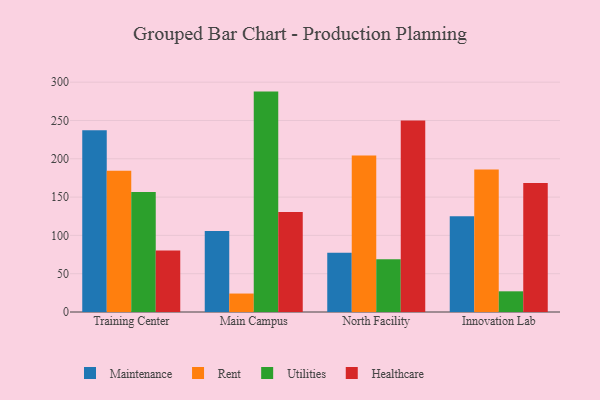
{"axis": {"x": "Campus", "y": "Energy Usage (MWh)"}, "legend": ["Healthcare", "Maintenance", "Rent", "Utilities"], "data": [{"x": "Training Center", "y": 237.1, "type": "Maintenance"}, {"x": "Training Center", "y": 184.5, "type": "Rent"}, {"x": "Training Center", "y": 156.8, "type": "Utilities"}, {"x": "Training Center", "y": 80.4, "type": "Healthcare"}, {"x": "Main Campus", "y": 105.6, "type": "Maintenance"}, {"x": "Main Campus", "y": 24.1, "type": "Rent"}, {"x": "Main Campus", "y": 287.7, "type": "Utilities"}, {"x": "Main Campus", "y": 130.4, "type": "Healthcare"}, {"x": "North Facility", "y": 77.4, "type": "Maintenance"}, {"x": "North Facility", "y": 204.2, "type": "Rent"}, {"x": "North Facility", "y": 68.9, "type": "Utilities"}, {"x": "North Facility", "y": 250.1, "type": "Healthcare"}, {"x": "Innovation Lab", "y": 125.1, "type": "Maintenance"}, {"x": "Innovation Lab", "y": 186.1, "type": "Rent"}, {"x": "Innovation Lab", "y": 27.0, "type": "Utilities"}, {"x": "Innovation Lab", "y": 168.4, "type": "Healthcare"}]}